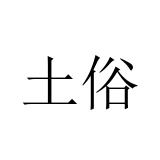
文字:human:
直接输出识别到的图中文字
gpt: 土俗